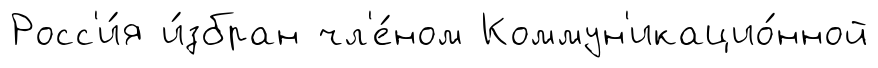
Росс'и́я и́збран чл'е́ном Коммун'икацио́нной